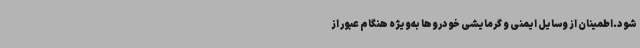
شود.اطمینان از وسایل ایمنی و گرمایشی خودروها به‌ویژه هنگام عبور از